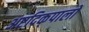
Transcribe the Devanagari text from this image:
अष्टदिक्‌पालों